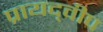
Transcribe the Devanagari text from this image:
प्रायद्‍वीप